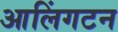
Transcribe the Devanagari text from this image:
आलिंगटन